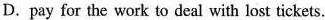
D. pay for the work to deal with lost tickets.